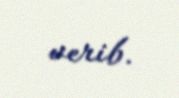
verib.